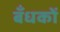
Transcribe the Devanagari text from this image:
बँधकों